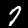
Label: 7